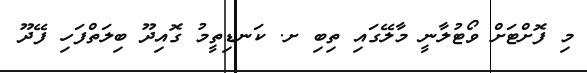
މި ފޮށްޓަށް ވޯޓުލާނީ މާލޭގައި ތިބި ށ. ކަނޑިތީމު ގޮއިދޫ ބިލަތްފަހި ފޭދޫ